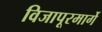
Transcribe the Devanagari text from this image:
विजापूरमार्गे